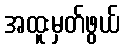
အထူးမှတ်ဖွယ်